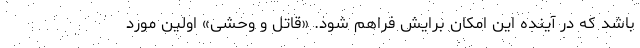
باشد که در آینده این امکان برایش فراهم شود. «قاتل و وحشی» اولین مورد